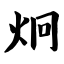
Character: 炯